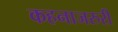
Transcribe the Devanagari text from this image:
कहनाजरुरी